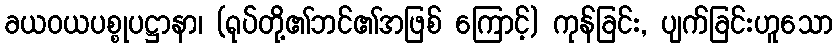
ခယဝယပစ္စုပဋ္ဌာနာ၊ (ရုပ်တို့၏ဘင်၏အဖြစ် ကြောင့်) ကုန်ခြင်း, ပျက်ခြင်းဟူသော